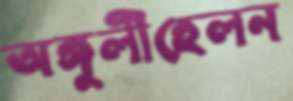
অঙ্গুলীহেলন